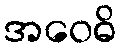
အဝေဓိ